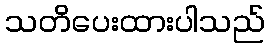
သတိပေးထားပါသည်